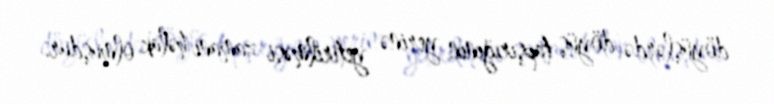
döyüşlərdə döyüş tapşırığının yerinə yetirilməsi zamanı həlak olmuşdur.